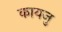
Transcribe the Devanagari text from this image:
कायजु